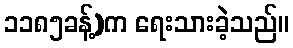
၁၁၈၅ခန့်)က ရေးသားခဲ့သည်။